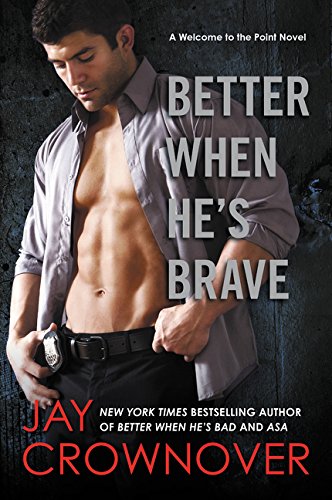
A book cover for Better When He's Brave: A Welcome to the Point Novel; Jay Crownover; Romance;